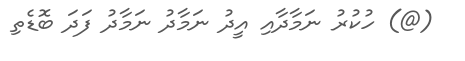
(@) ހުކުރު ނަމާދާއި އީދު ނަމާދު ނަމާދު ފަދަ ބޮޑެތި